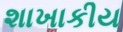
શાખાકીય